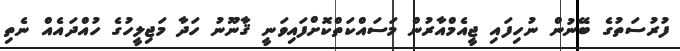
ފުރުސަތުގެ ބޭނުން ނުހިފައި ޖީއެމްއާރުން މަސައްކަތްކޮށްފައިވަނީ ޤާނޫނު ހަދާ މަޖިލީހުގެ ހުއްދައެއް ނެތި